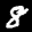
Label: 8